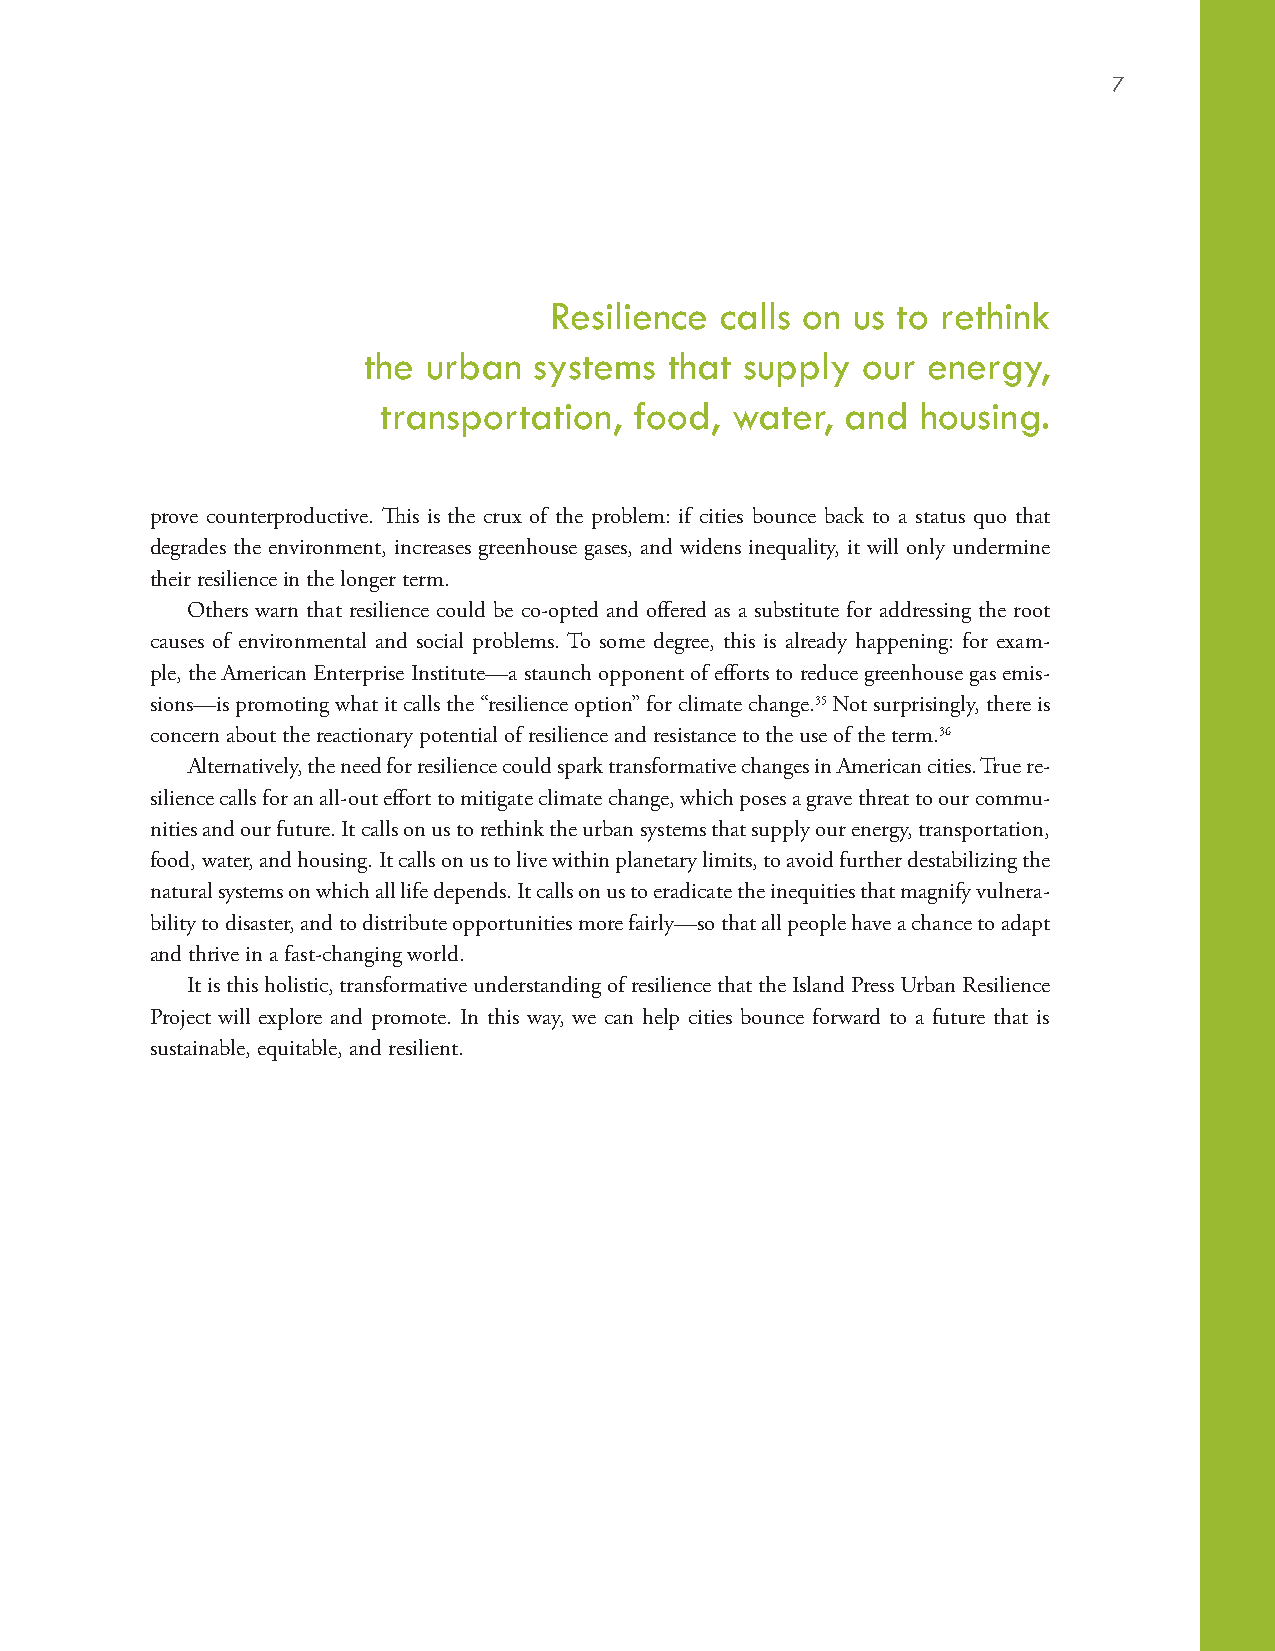
7
 Resilience  calls on us to rethink
 the urban  systems  that supply  our energy,
 transportation,  food, water,  and  housing.
 prove counterproductive. This is the crux of the problem: if cities bounce back to a status quo that
 degrades the environment, increases greenhouse gases, and widens inequality, it will only undermine
 their resilience in the longer term.
 Others warn that resilience could be co-opted and offered as a substitute for addressing the root
 causes of environmental and social problems. To some degree, this is already happening: for exam-
 ple, the American Enterprise Institute—a staunch opponent of efforts to reduce greenhouse gas emis-
 sions—is promoting what it calls the “resilience option” for climate change.35 Not surprisingly, there is
 concern about the reactionary potential of resilience and resistance to the use of the term.36
 Alternatively, the need for resilience could spark transformative changes in American cities. True re-
 silience calls for an all-out effort to mitigate climate change, which poses a grave threat to our commu-
 nities and our future. It calls on us to rethink the urban systems that supply our energy, transportation,
 food, water, and housing. It calls on us to live within planetary limits, to avoid further destabilizing the
 natural systems on which all life depends. It calls on us to eradicate the inequities that magnify vulnera-
 bility to disaster, and to distribute opportunities more fairly—so that all people have a chance to adapt
 and thrive in a fast-changing world.
 It is this holistic, transformative understanding of resilience that the Island Press Urban Resilience
 Project will explore and promote. In this way, we can help cities bounce forward to a future that is
 sustainable, equitable, and resilient.